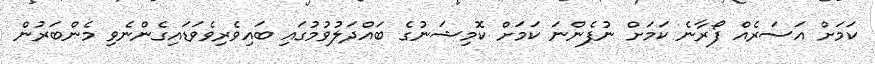
ކަމަށް އަސަރެއް ފޯރާނެ ކަމަށް ނުފެންނަ ކަމަށް ކޮމިޝަނުގެ ބައްދަލުވުމުގައި ބައިވެރިވެވަޑައިގެންނެވި މެންބަރުން